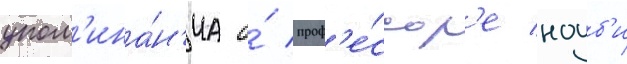
упом'ина́н'иа о́ проф'е́ссор'е ноуб'и